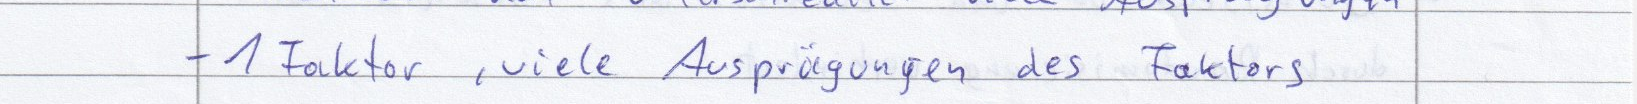
- 1 Faktor, viele Ausprägungen des Faktors